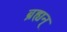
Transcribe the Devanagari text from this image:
ब्रह्यन्‌